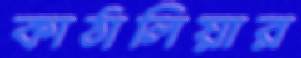
কাঠালিয়ার